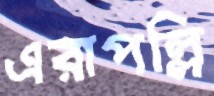
এরাপল্লি